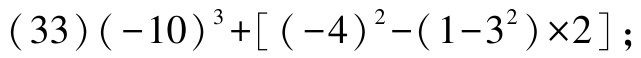
$(33)(-10)^{3}+[(-4)^{2}-(1 - 3^{2})\times2];$